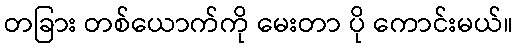
တခြား တစ်ယောက်ကို မေးတာ ပို ကောင်းမယ်။